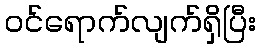
ဝင်ရောက်လျက်ရှိပြီး